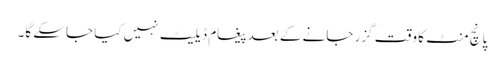
پانچ منٹ کا وقت گزر جانے کے بعد پیغام ڈیلیٹ نہیں کیا جاسکے گا۔